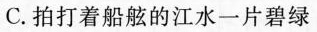
C.拍打着船舷的江水一片碧绿